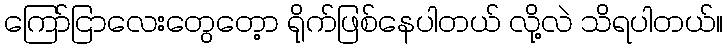
ကြော်ငြာလေးတွေတေ့ာ ရိုက်ဖြစ်နေပါတယ် လို့လဲ သိရပါတယ်။